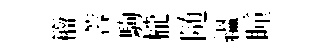
籕蓉駒櫳随緼瞳